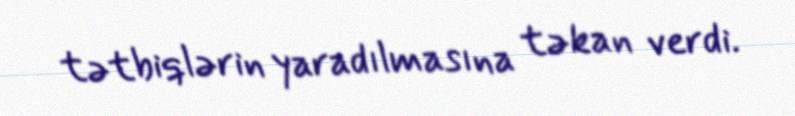
tətbiqlərin yaradılmasına təkan verdi.